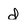
Character: d